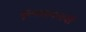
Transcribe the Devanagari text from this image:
मूल्यमापनाची